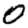
Digit: 0